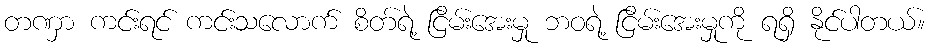
တဏှာ ကင်းရင် ကင်းသလောက် စိတ်ရဲ့ ငြိမ်းအေးမှု ဘဝရဲ့ ငြိမ်းအေးမှုကို ရရှိ နိုင်ပါတယ်။